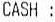
CASH :